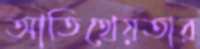
আতিথেয়তার